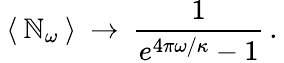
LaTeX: \: \langle\: \mathbb{N}_{\omega}\: \rangle\: \rightarrow\: \frac{{1}}{{e^{4\pi\omega/\kappa}-1}}\, .\: